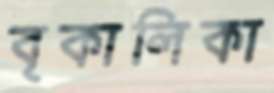
বৃকালিকা